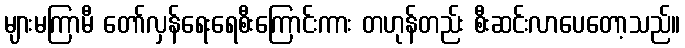
များမကြာမီ တော်လှန်ရေးရေစီးကြောင်းကား တဟုန်တည်း စီးဆင်းလာပေတော့သည်။